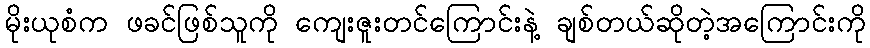
မိုးယုစံက ဖခင်ဖြစ်သူကို ကျေးဇူးတင်ကြောင်းနဲ့ ချစ်တယ်ဆိုတဲ့အကြောင်းကို